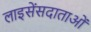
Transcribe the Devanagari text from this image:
लाइसेंसदाताओं